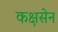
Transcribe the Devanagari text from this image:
कक्षसेन